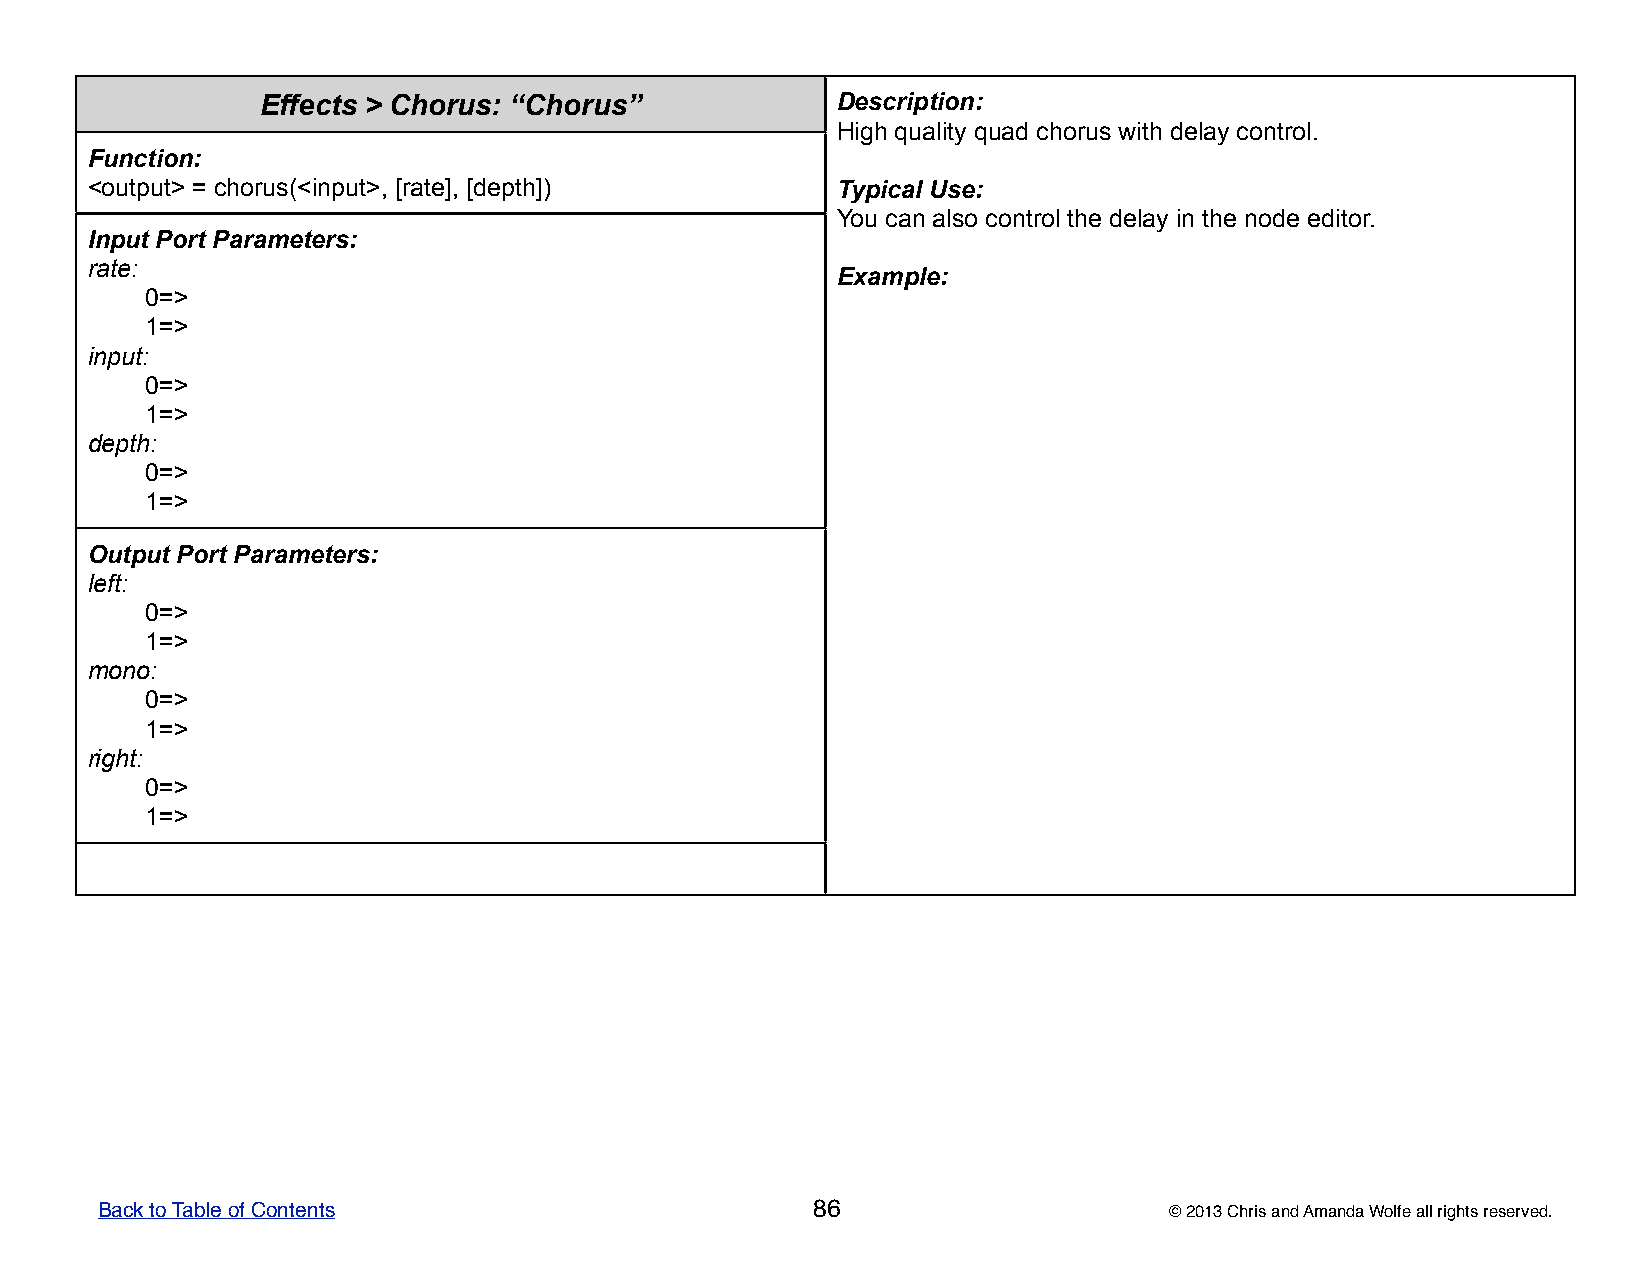
Effects > Chorus: “Chorus”            DDDDDeeeeessssscccccrrrrriiiiippppptttttiiiiiooooonnnnn:::::
 HHHHHiiiiiggggghhhhh qqqqquuuuuaaaaallllliiiiitttttyyyyy qqqqquuuuuaaaaaddddd ccccchhhhhooooorrrrruuuuusssss wwwwwiiiiittttthhhhh dddddeeeeelllllaaaaayyyyy cccccooooonnnnntttttrrrrrooooolllll.....
 Function:
 <output> = chorus(<input>, [rate], [depth])      TTTTTyyyyypppppiiiiicccccaaaaalllll UUUUUssssseeeee:::::
 YYYYYooooouuuuu cccccaaaaannnnn aaaaalllllsssssooooo cccccooooonnnnntttttrrrrrooooolllll ttttthhhhheeeee dddddeeeeelllllaaaaayyyyy iiiiinnnnn ttttthhhhheeeee nnnnnooooodddddeeeee eeeeedddddiiiiitttttooooorrrrr.....
 Input Port Parameters:
 rate:
 EEEEExxxxxaaaaammmmmpppppllllleeeee:::::
 0=>
 1=>
 input:
 0=>
 1=>
 depth:
 0=>
 1=>
 Output Port Parameters:
 left:
 0=>
 1=>
 mono:
 0=>
 1=>
 right:
 0=>
 1=>
 Back to Table of Contents                       86                     © 2013 Chris and Amanda Wolfe all rights reserved.